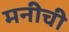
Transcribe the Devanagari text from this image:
मनीची